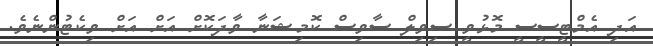
އަދި އެމްޓީސީސީ މޮޅުވީ ސިވިލް ސާވިސް ކޮމިޝަނާ ވާދަކޮށް އަށް އަށް ވިކެޓުންނެވެ.